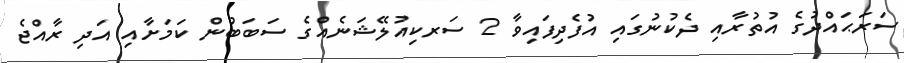
ސަރަޙައްދުގެ އުތުރާއި ދެކުނުގައި އުފެދިފައިވާ 2 ސަރކިއުލޭޝަނެއްގެ ސަބަބުން ކަމަށާއި އަދި ރާއްޖެ